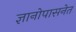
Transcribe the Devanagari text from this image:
ज्ञानोपासनेत